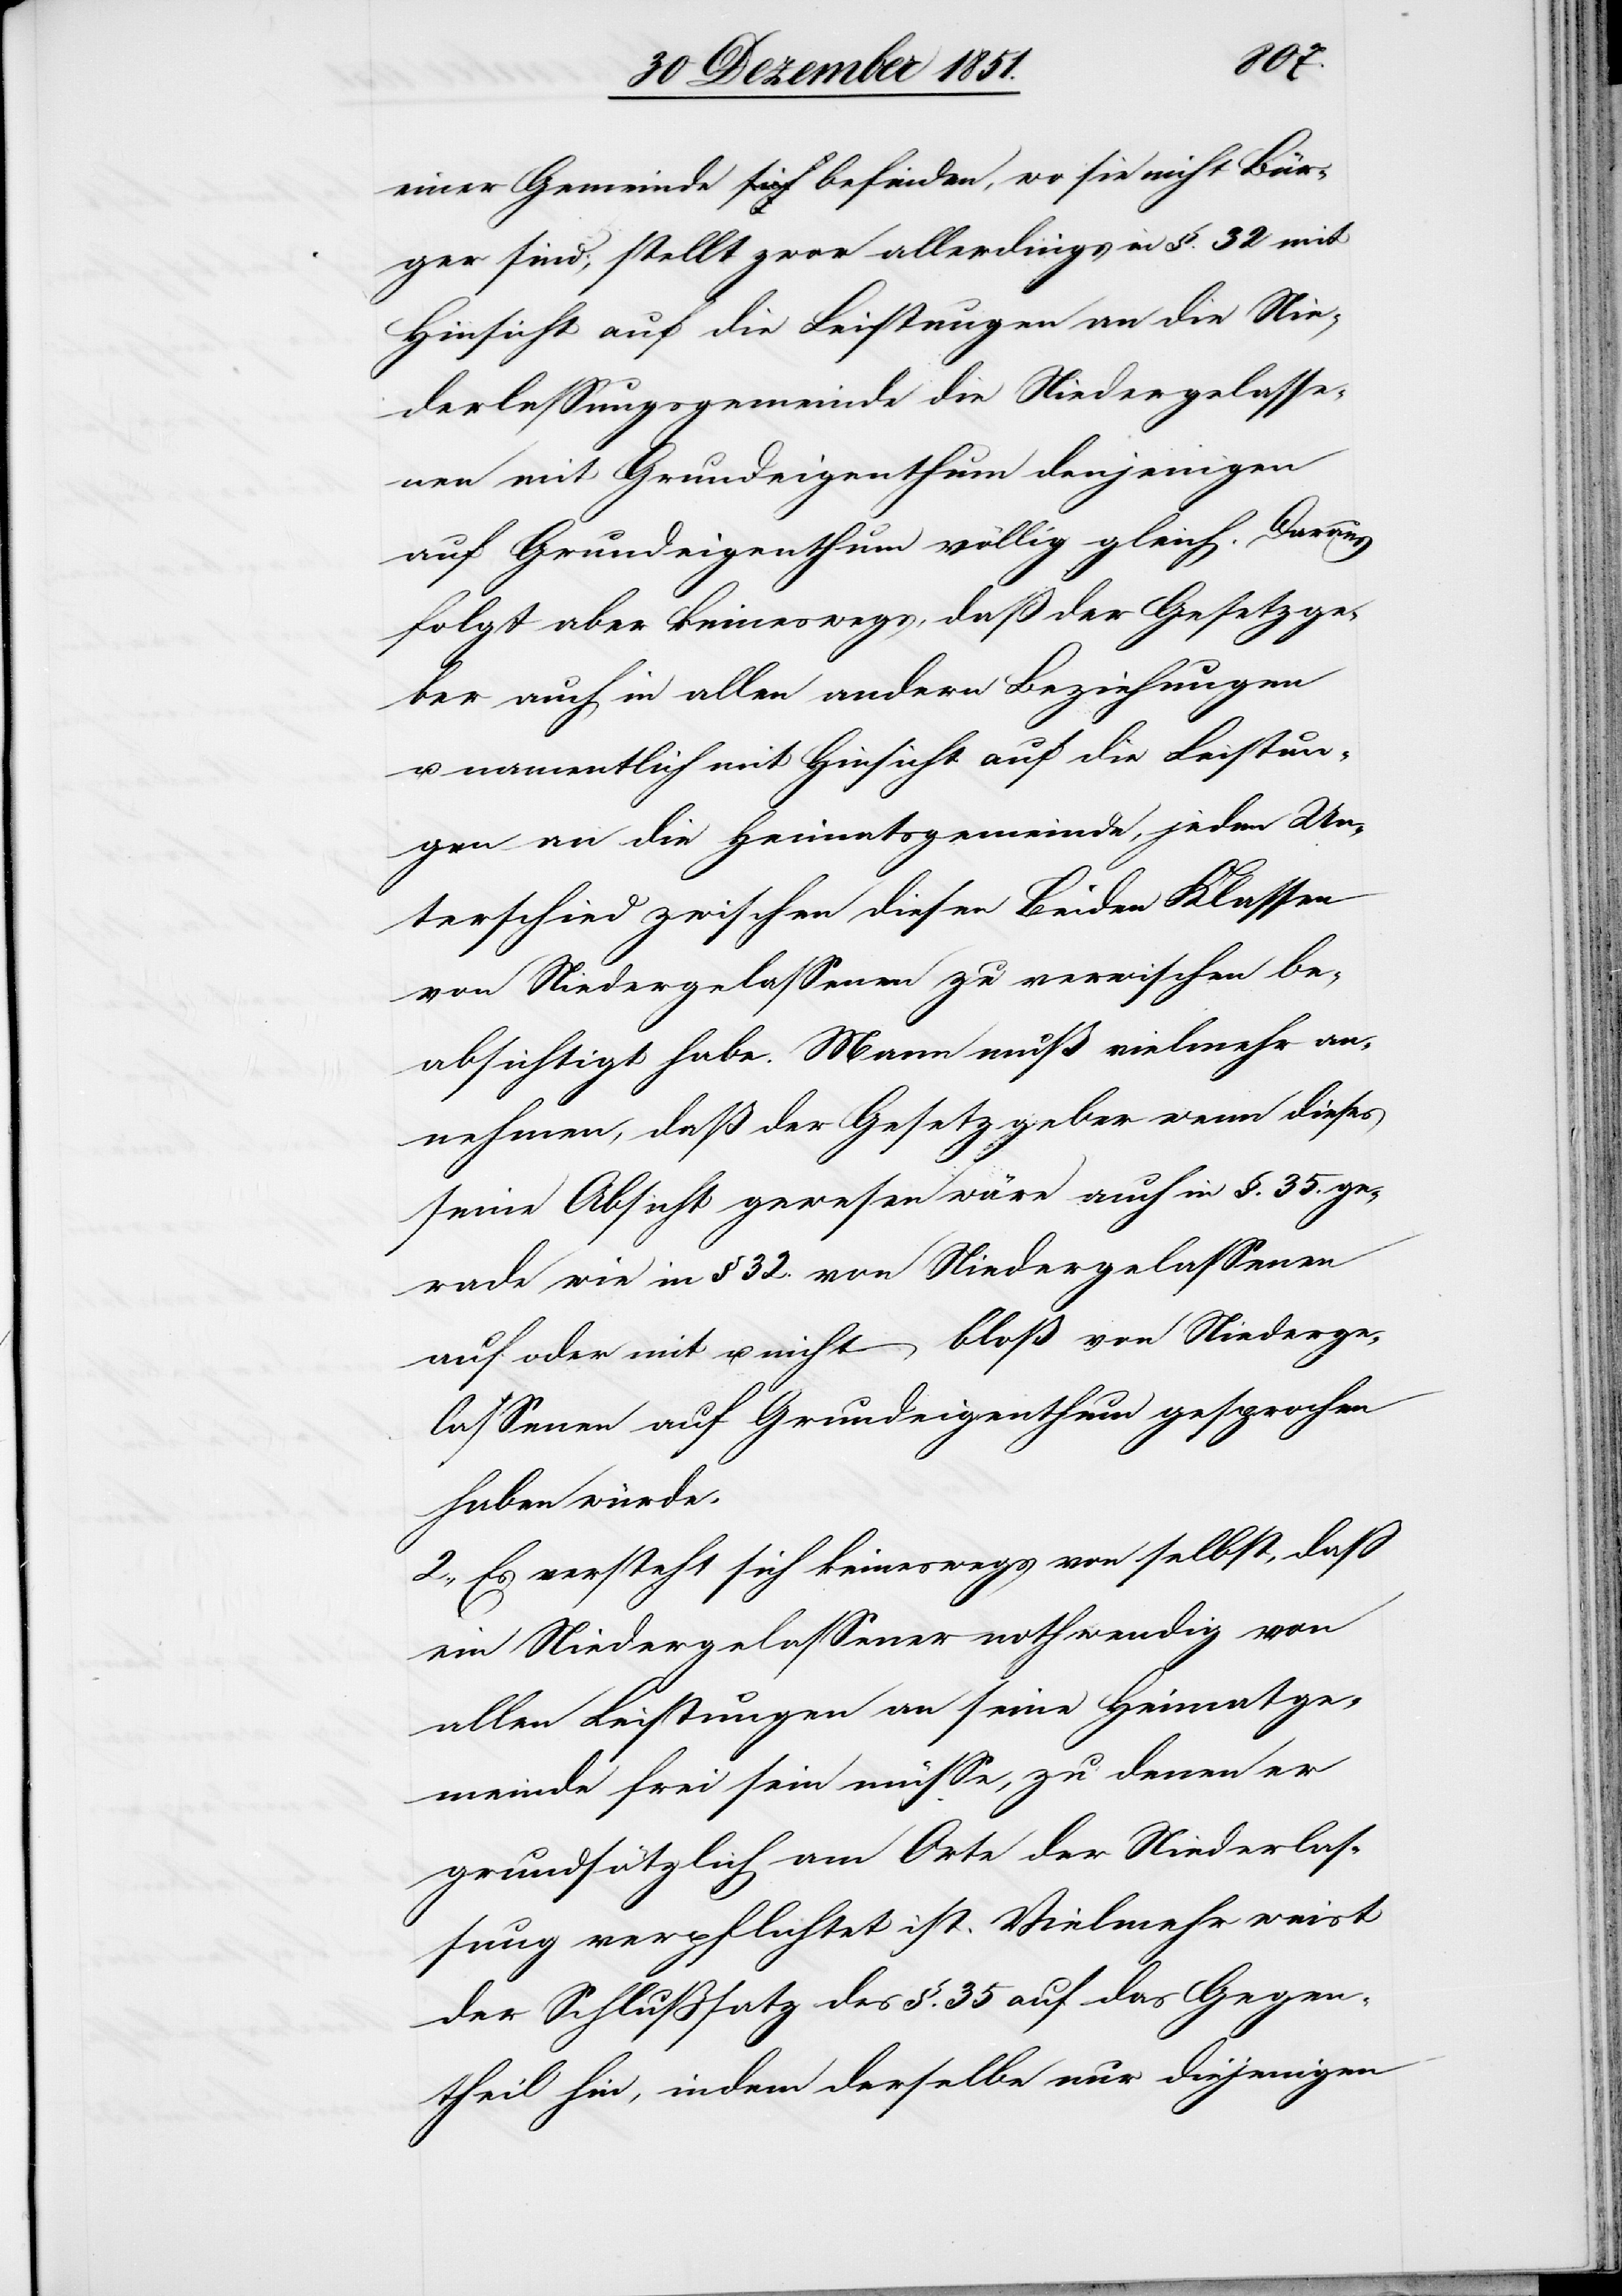
einer Gemeinde befinden, wo sie nicht Bür¬
ger sind; stellt zwar allerdings in §. 32 mit
Hinsicht auf die Leistungen an die Nie¬
derlassungsgemeinde die Niedergelasse¬
nen mit Grundeigenthum denjenigen
auf Grundeigenthum völlig gleich. Daraus
folgt aber keineswegs, daß der Gesetzge¬
ber auch in allen andern Beziehungen
u. namentlich mit Hinsicht auf die Leistun¬
gen an die Heimatsgemeinde, jeden Un¬
terschied zwischen diesen beiden Klassen
von Niedergelassenen zu verwischen be¬
absichtigt habe. Mann muß vielmehr an¬
nehmen, daß der Gesetzgeber wenn dieses
seine Absicht gewesen wäre auch in §. 35. ge¬
rade wie in § 32. von Niedergelassenen
auf oder mit u. nicht bloß von Niederge¬
lassenen auf Grundeigenthum gesprochen
haben würde.
2., Es versteht sich keineswegs von selbst, daß
ein Niedergelassener nothwendig von
allen Leistungen an seine Heimatge¬
meinde frei sein müsse, zu denen er
grundsätzlich am Orte der Niederlas¬
sung verpflichtet ist. Vielmehr weist
der Schlußsatz des §. 35 auf das Gegen¬
theil hin, indem derselbe nur diejenigen